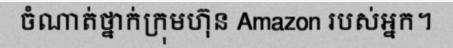
ចំណាត់ថ្នាក់ក្រុមហ៊ុន Amazon របស់អ្នក។